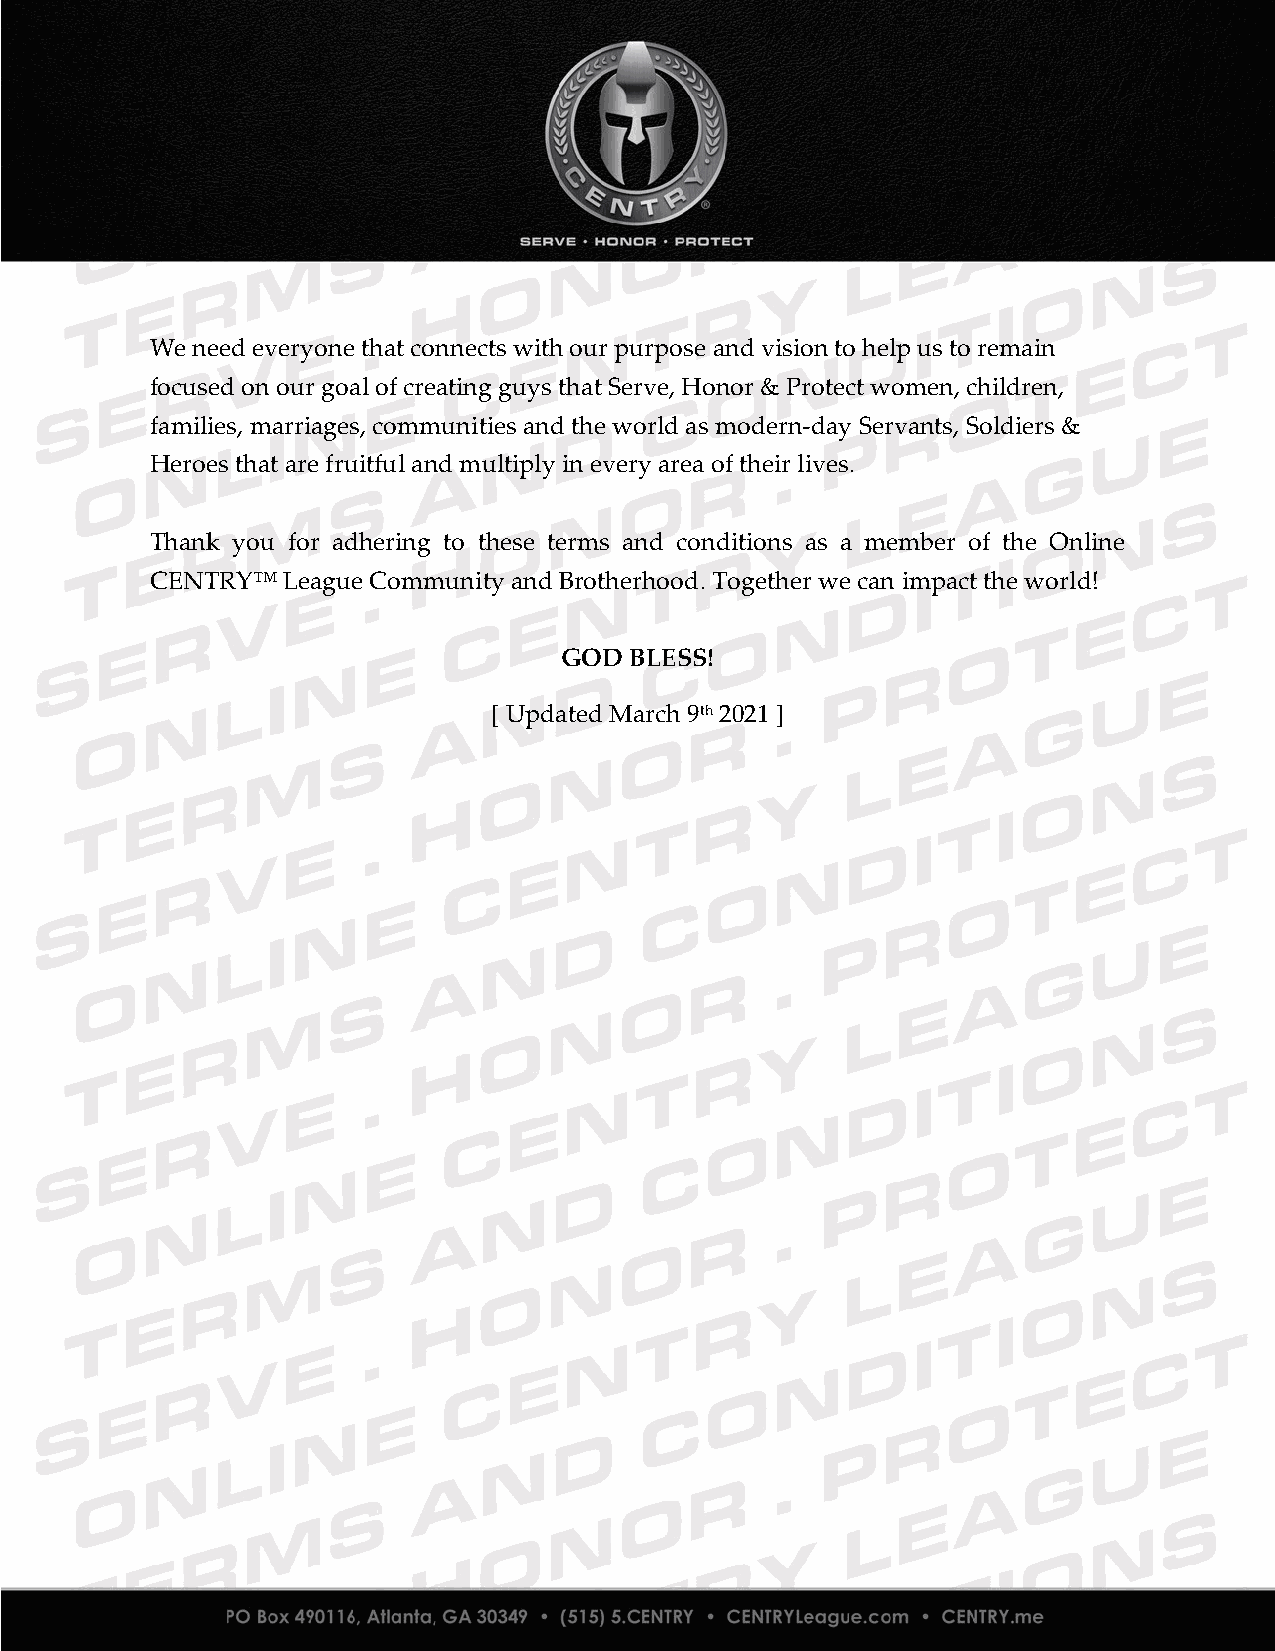
We need everyone that connects with our purpose and vision to help us to remain
 focused on our goal of creating guys that Serve, Honor & Protect women, children,
 families, marriages, communities and the world as modern-day Servants, Soldiers &
 Heroes that are fruitful and multiply in every area of their lives.
 Thank you for adhering to these terms and conditions as a member of the Online
 CENTRY™  League Community and Brotherhood. Together we can impact the world!
 GOD  BLESS!
 [ Updated March 9th 2021 ]